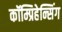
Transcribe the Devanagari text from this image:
कॉम्प्रिहेन्सिंग